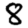
Digit: 8